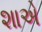
શાએ